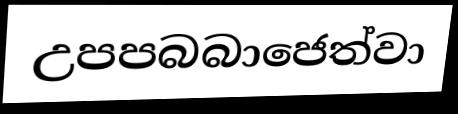
උපපබබාජෙත්වා